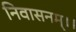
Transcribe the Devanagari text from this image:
निवासनम्।।